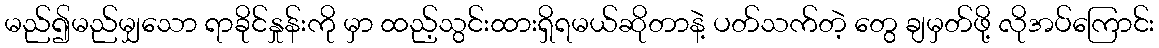
မည်၍မည်မျှသော ရာခိုင်နှုန်းကို မှာ ထည့်သွင်းထားရှိရမယ်ဆိုတာနဲ့ ပတ်သက်တဲ့ တွေ ချမှတ်ဖို့ လိုအပ်ကြောင်း